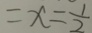
= x = \frac { 1 } { 2 }